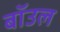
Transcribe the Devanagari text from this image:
बॉउल